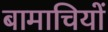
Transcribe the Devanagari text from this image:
बामाचियों